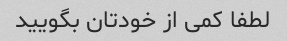
لطفا کمی از خودتان بگویید